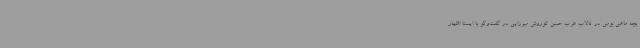
بچه ماهی بومی در تالاب عرب حسن کوروش میرزایی در گفت‌وگو با ایسنا اظهار